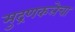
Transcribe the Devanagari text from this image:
मुद्रणकलेचा